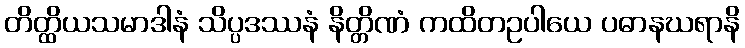
တိတ္ထိယသမာဒါနံ သိပ္ပဒဿနံ နိတ္တိဏံ ကထိတဥပါယေ ပဓာနဃရာနိ